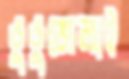
ভুভুজেলাই